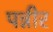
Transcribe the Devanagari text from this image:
पन्नीर